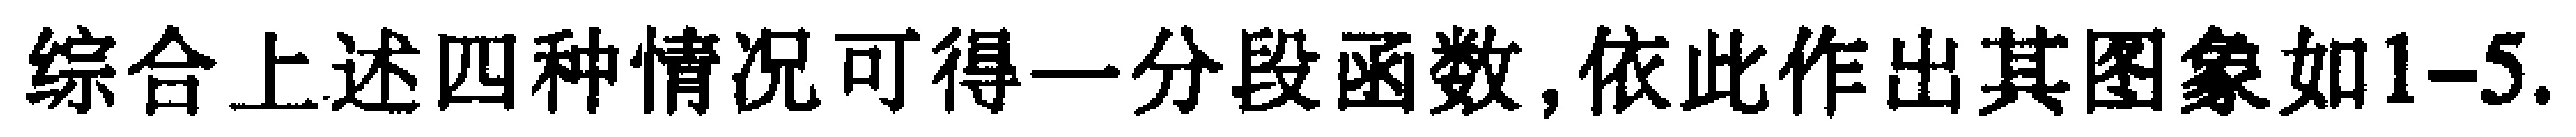
综合上述四种情况可得一分段函数,依此作出其图象如1-5.